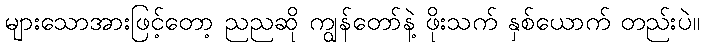
များသောအားဖြင့်တော့ ညညဆို ကျွန်တော်နဲ့ ဖိုးသက် နှစ်ယောက် တည်းပဲ။